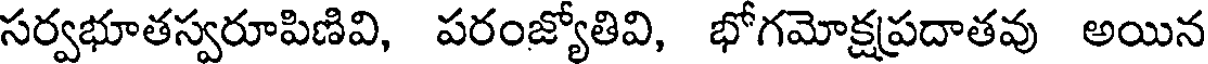
సర్వభూతస్వరూపిణివి, పరంజ్యోతివి, భోగమోక్షప్రదాతవు అయిన